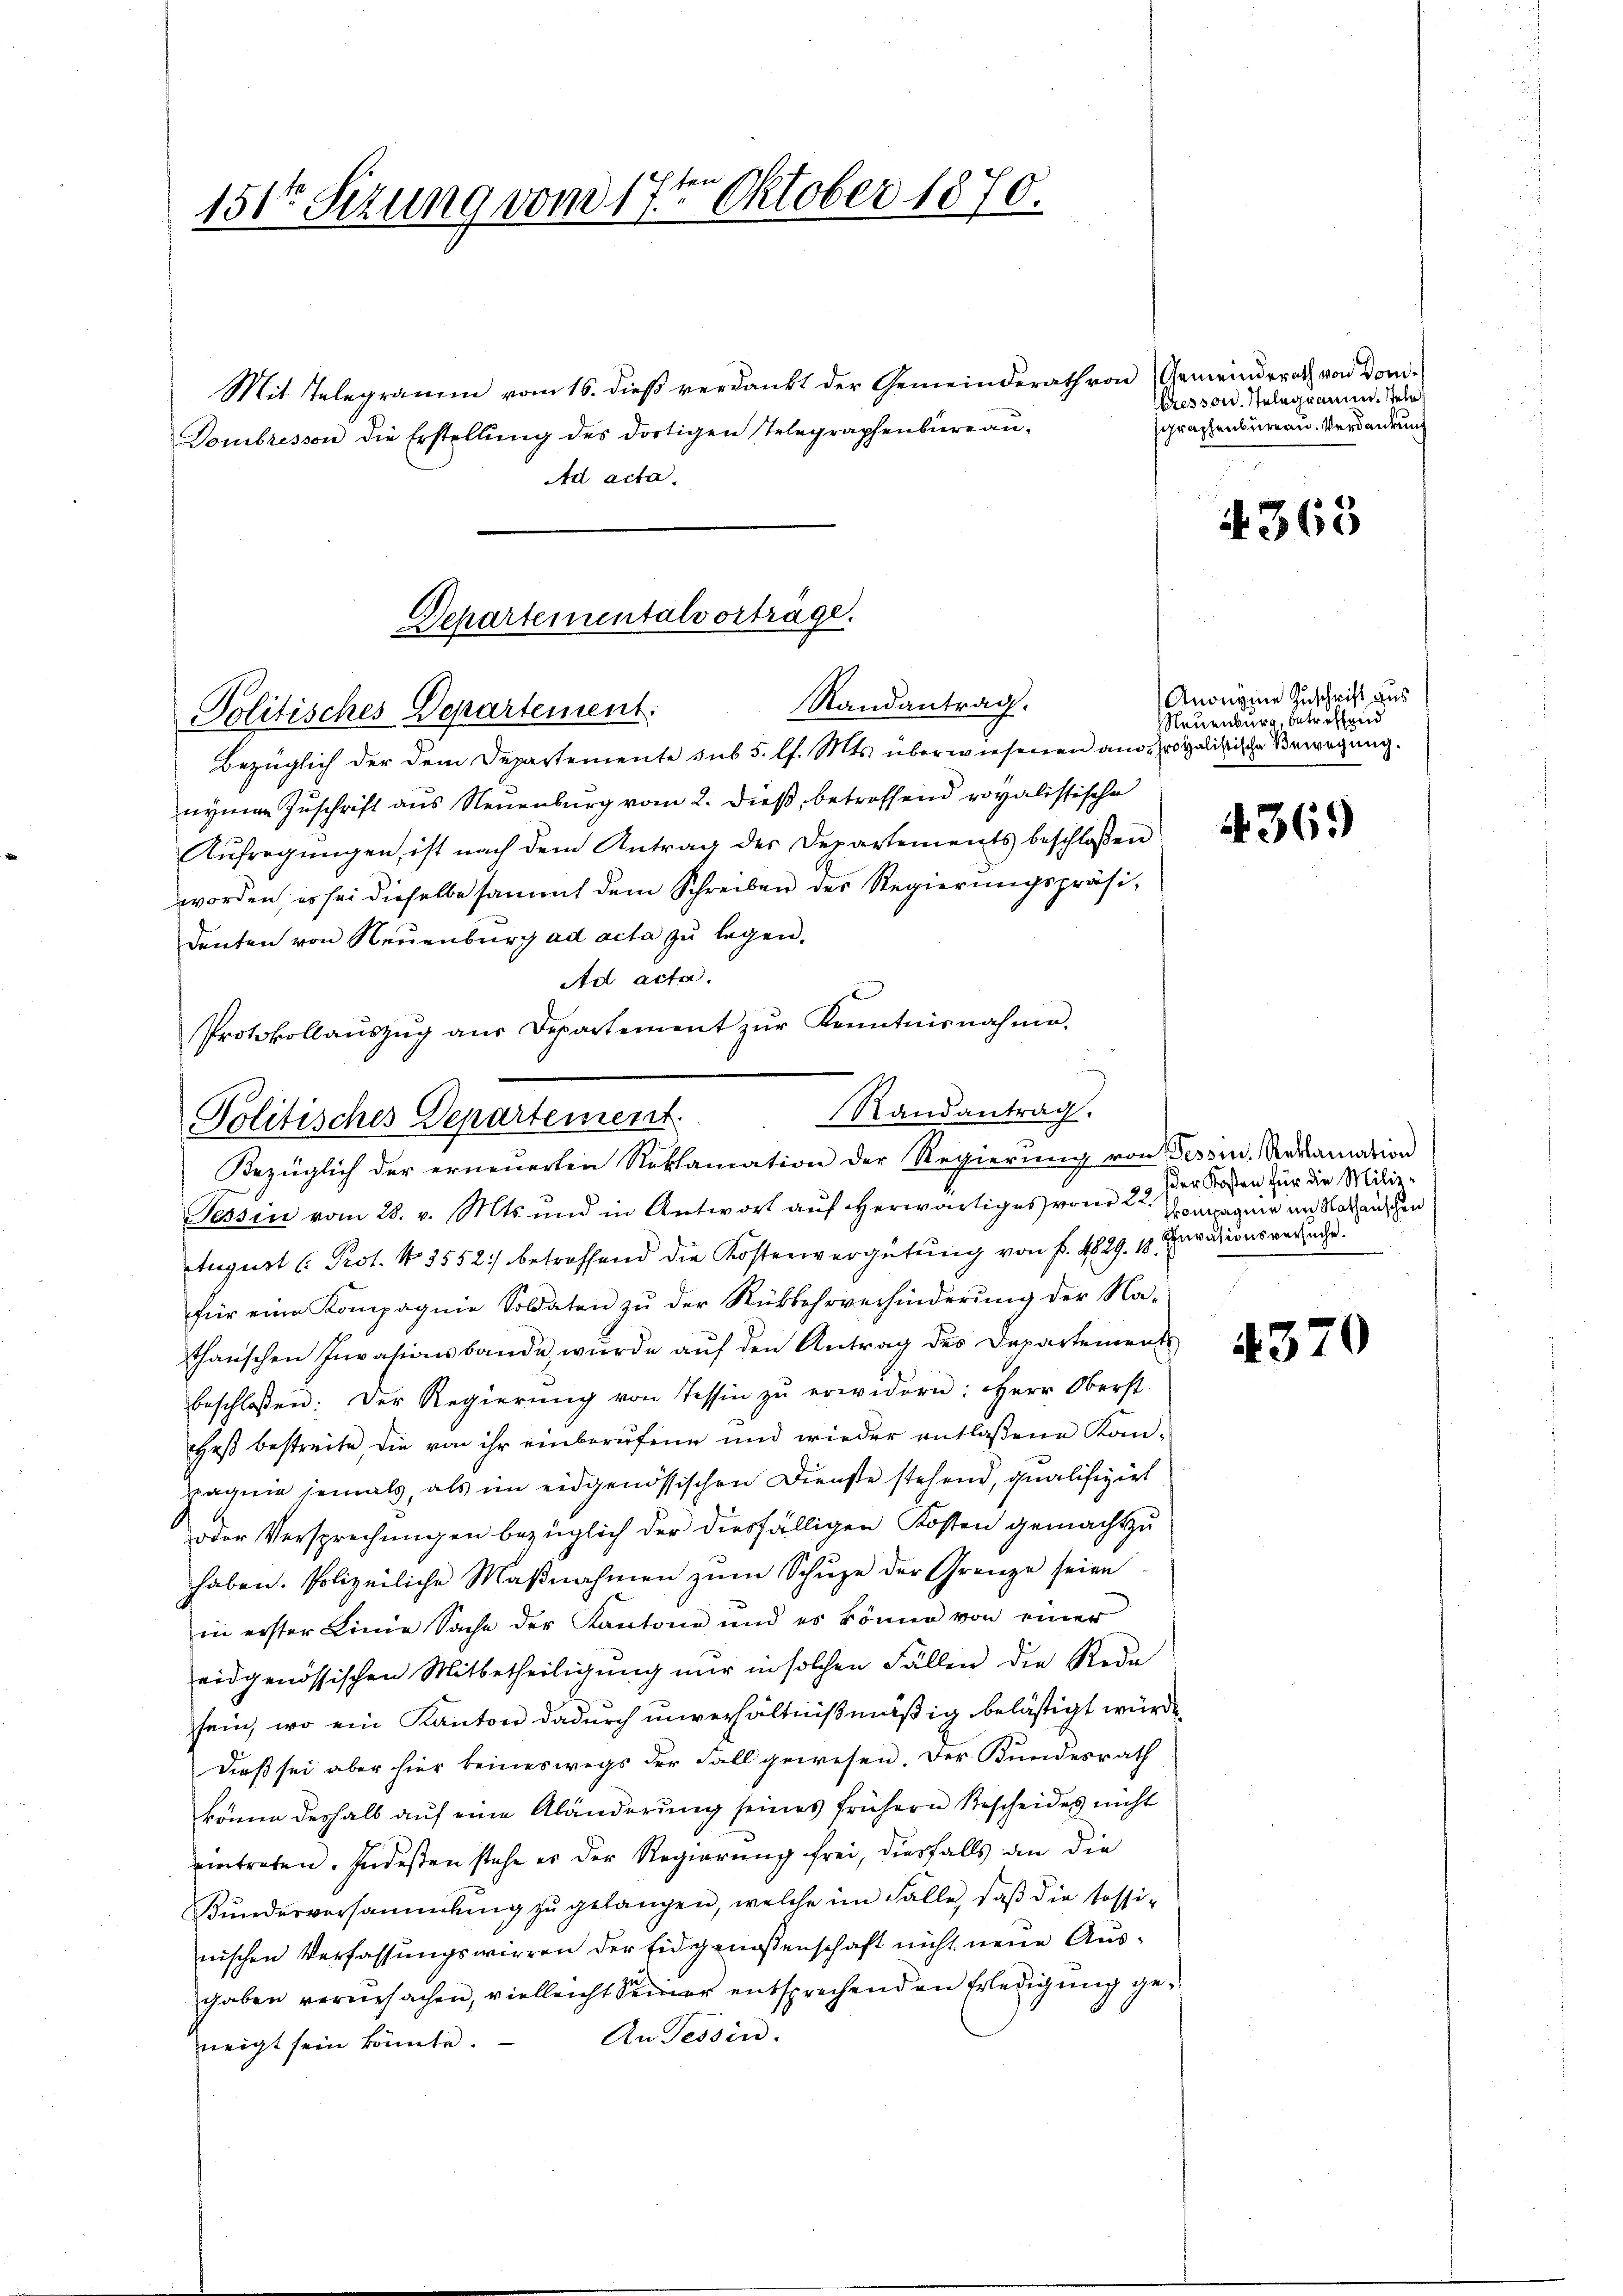
151ten Sizung vom 17ten Oktober 1870.

Mit Telegramm vom 16. dieß verdankt der Gemeinderath von
Dombressen die Erstellŭng des dortigen Telegraphenbüreau-
Ad acta.

Separtementalvorträge.
Randantrag.
Politisches Departement.

Bezüglich der dem Departemente sub 5. l. Mts. überwiesenen anderoyalistische Verregung.
nymen Zuschrift aus Neuenburg vom 2. dieß, betreffend royalistische
Aufregungen, ist nach dem Antrag der Departements beschloßen
worden; es sei dieselbe sammt dem Schreiben der Regierungspräsidenten von Neuenburg ad acta zu legen.
Ad acta.
Protokollaŭszŭg aŭs Departement zŭr Kenntnisnahme.

.
Politisches Departement. Randantrag.
Bezüglich der erneuerten Reklamation der Regierŭng von Tessin, Reklamation

Gemeinderath von Dom.
ressen. Telegramm. stehe
graphenbureau. Verdankung

Tessin vom 28. v. Mts. und in Antwort aŭf erwärtiges vom 22. der Kosten für die Milie-
August (: Prot. N. 3552) betreffend die Kostenvergütung von f. 4829. 18.
für eine Kompagnie Soldaten zu der Rückkehrverhinderung der Nathanschen Invasionsbande wurde aŭf den Antrag des Departement
beschlossen: Der Regierŭng von Tessin zŭ erwidern: Herr Oberst
Heß bestreite, die von ihr einberufene und wieder entlaßene Kanpagnie jemals, als im eidgenössischen Dienste stehend, qualifizirt
oder Versprechungen bezüglich der diesfälligen Kosten gemacht zu
haben. Polizeiliche Maβnahmen zŭm Schŭze der Grenze seien
in erster Linie Sache der Kantone und es könne von einer
eidgenössischen Mitbetheiligung nur in solchen Fällen die Rede
sein, wo ein Kanton dadurch unverhältnißmäßig belästigt würde,
dieß sei aber hier keineswegs der Fall gewesen. Der Bundesrath
könne deshalb auf eine Abänderung seines frühern Bescheides nicht
eintreten. Indesten stehe er der Regierung frei, diesfalls an die
Kŭndesversammlung zŭ gelangen, welche im Fälle, daβ die Tassi-
nischen Verfassungswirren der Eidgenossenschaft nicht neue Ausgaben verursachen, vielleicht Seiner entsprechenden Erledigung ge¬
An Tessin.
neigt sein könnte.

4. 368

Anonyme Zuschrift aus
Neuenburg, betreffend

4369)

Kompagnie im Rathanschen
Curationsversuche.

4370